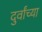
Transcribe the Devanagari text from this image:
दुर्वांच्या